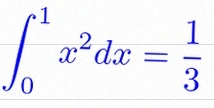
\int_0^1 x^2dx=\frac13